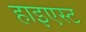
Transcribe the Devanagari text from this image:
हाइएस्ट